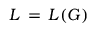
L \, = \, L ( G )